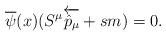
LaTeX: \begin{align*}\overline \psi (x)(S^{\mu} \overleftarrow{{\hat p}_\mu} + sm)=0.\end{align*}